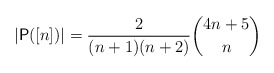
\begin{align*}|\mathsf{P}([n])| = \dfrac{2}{(n+1)(n+2)}\binom{4n+5}{n}\end{align*}